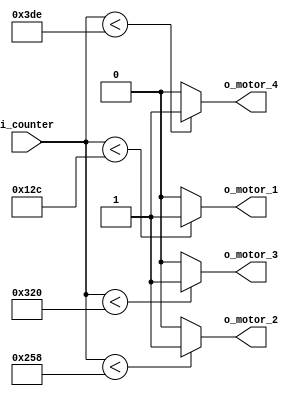
`timescale 1ns / 1ps



module comparator(
    input [9:0] i_counter,
    output o_motor_1, o_motor_2,o_motor_3,o_motor_4

    );

    assign o_motor_1 = (i_counter < 300) ? 1'b1 : 1'b0;
    assign o_motor_2 = (i_counter < 600) ? 1'b1 : 1'b0;
    assign o_motor_3 = (i_counter < 800) ? 1'b1 : 1'b0;
    assign o_motor_4 = (i_counter < 990) ? 1'b1 : 1'b0;
    
endmodule